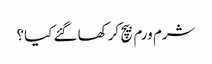
شرم ورم بیچ کر کھا گئے کیا؟